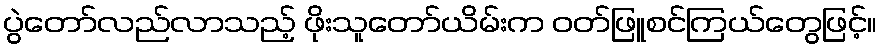
ပွဲတော်လည်လာသည့် ဖိုးသူတော်ယိမ်းက ဝတ်ဖြူစင်ကြယ်တွေဖြင့်။